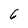
Character: 6